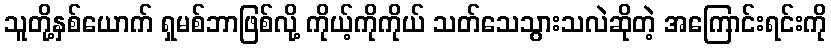
သူတို့နှစ်ယောက် ရှမစ်ဘာဖြစ်လို့ ကိုယ့်ကိုကိုယ် သတ်သေသွားသလဲဆိုတဲ့ အကြောင်းရင်းကို